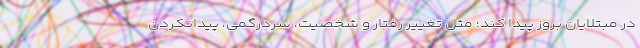
در مبتلایان بروز پیدا کند؛ مثل تغییر رفتار و شخصیت، سردرگمی، پیدانکردن